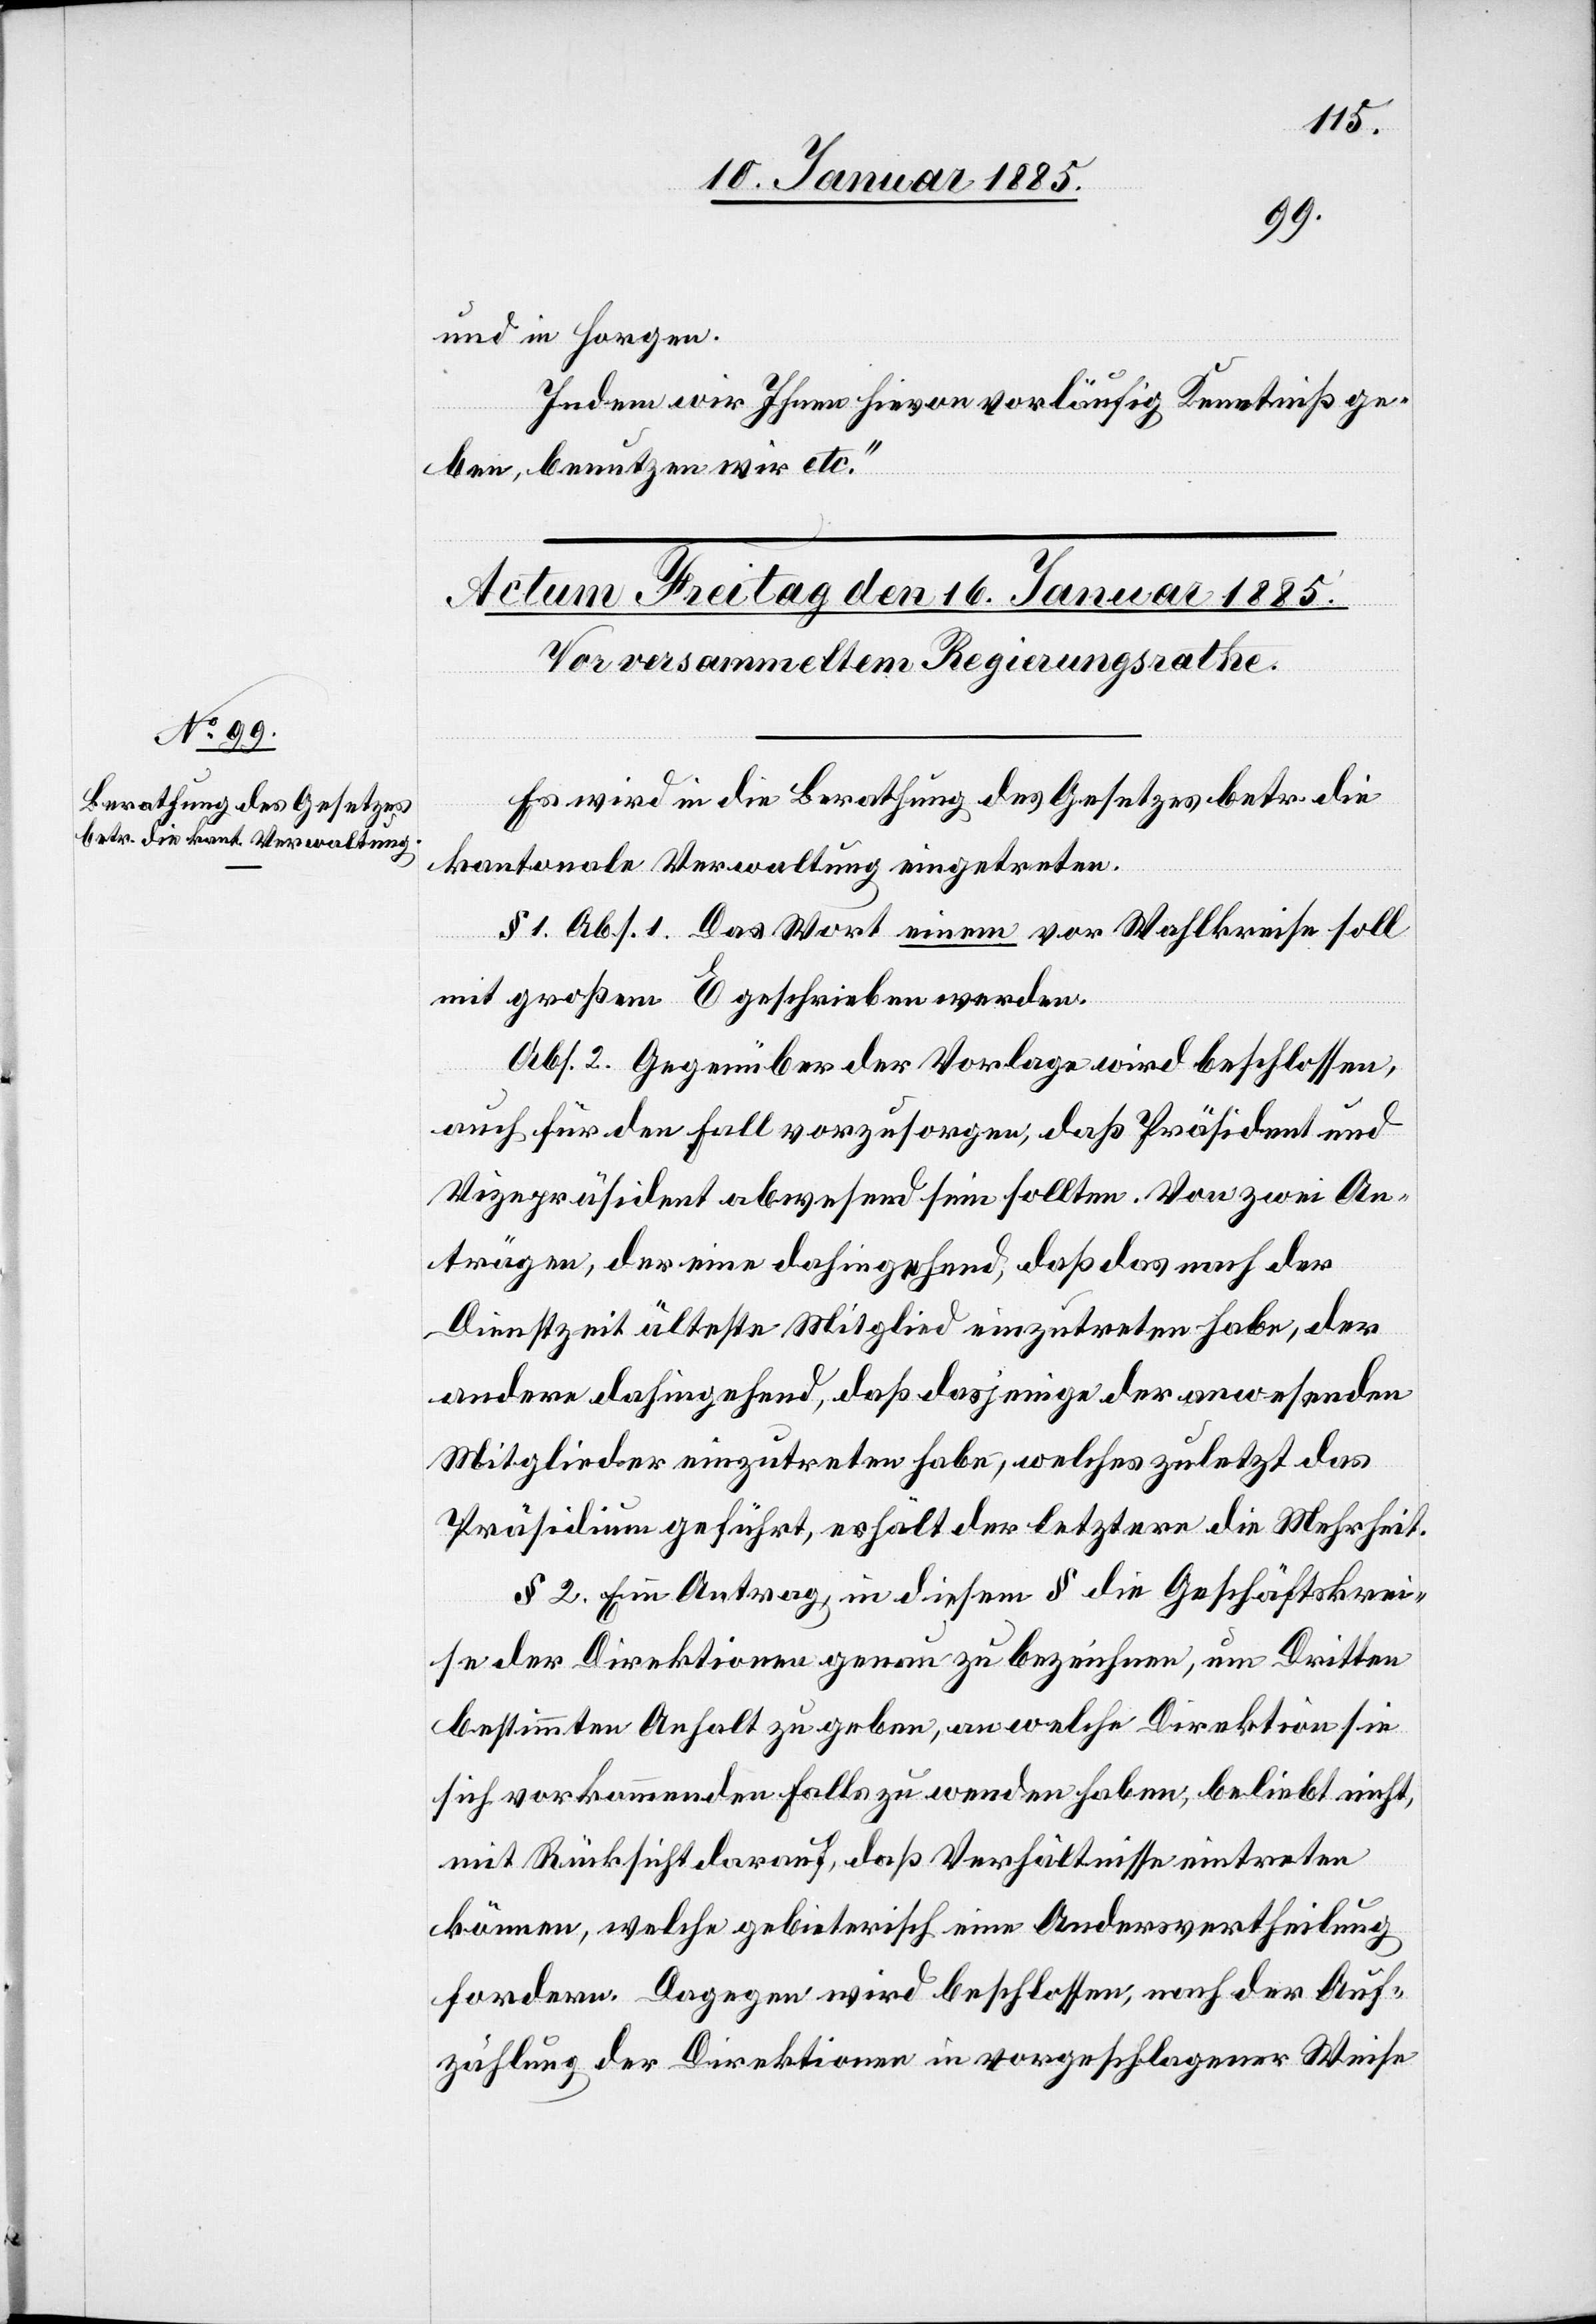
und in Horgen.
Indem wir Ihnen hievon vorläufig Kenntniß ge¬
ben, benutzen wir etc.“
Es wird in die Berathung des Gesetzes betr. die
kantonale Verwaltung eingetreten.
§ 1. Abs. 1 Das Wort einem vor Wahlkreise soll
mit großem E geschrieben werden.
Abs. 2. Gegenüber der Vorlage wird beschlossen,
auch für den Fall vorzusorgen, daß Präsident und
Vizepräsident abwesend sein sollten. Von zwei An¬
trägen, der eine dahingehend, daß das nach der
Dienstzeit älteste Mitglied einzutreten habe, der
andere dahingehend, daß dasjenige der anwesenden
Mitglieder einzutreten habe, welches zuletzt das
Präsidium geführt, erhält der letztere die Mehrheit.
§ 2. Ein Antrag, in diesem § die Geschäftskrei¬
se der Direktionen genau zu bezeichnen, um Dritten
bestimmten Anhalt zu geben, an welche Direktion sie
sich vorkommenden falls zu wenden haben, beliebt nicht,
mit Rücksicht darauf, daß Verhältnisse eintreten
können, welche gebieterisch eine Andersvertheilung
fordern. Dagegen wird beschlossen, nach der Auf¬
zählung der Direktionen in vorzuschlagender Weise